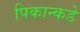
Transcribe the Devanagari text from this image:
पिकान्कडे